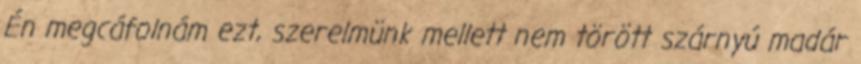
Én megcáfolnám ezt, szerelmünk mellett nem törött szárnyú madár